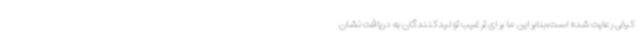
کیفی رعایت شده است،بنابراین ما برای ترغیب تولیدکنندگان به دریافت نشان